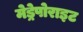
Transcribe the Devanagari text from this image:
मेड्रेपोराइट